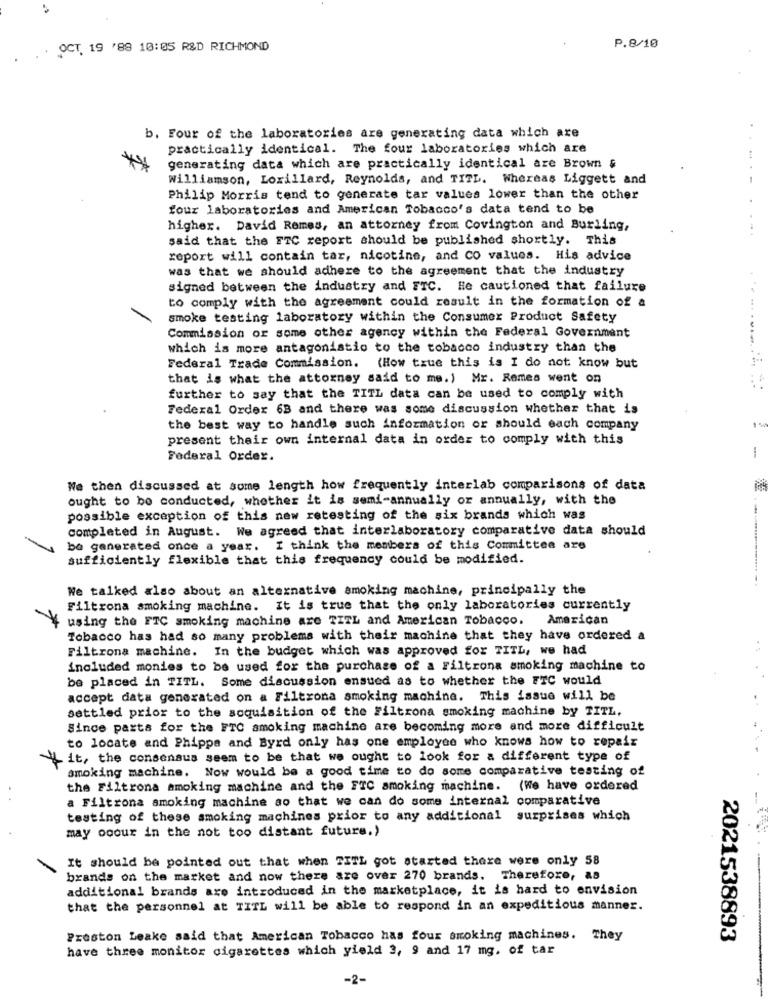
OCT. 19 '88 10:05 R&D RICHMOND
P.8/10
b. Four of the laboratories are generating data which are
practically identical. The four laboratories which are
generating data which are practically identical are Brown &
Williamson, Lorillard, Reynolds, and TITL. Whereas Liggett and
Philip Morris tend to generate tar values lower than the other
four laboratories and American Tobacco's data tend to be
higher. David Remes, an attorney from Covington and Burling,
said that the FTC report should be published shortly. This
report will contain tar, nicotine, and CO values. His advice
was that we should adhere to the agreement that the industry
signed between the industry and ETC. He cautioned that failure
to comply with the agreement could result in the formation of a
smoke testing laboratory within the Consumer Product Safety
Commission or some other agency within the Federal Government
which is more antagonistio to the tobacco industry than the
............
Federal Trade Commission. (How true this is I do not know but
that is what the attorney said to me.) Mr. Remes went on
further to say that the TITL data can be used to comply with
Federal Order 63 and there was some discussion whether that is
the best way to handle such information or should each company
present their own internal data in order to comply with this
Federal Order.
We then discussed at some length how frequently interlab comparisons of data
ought to be conducted, whether it is semi-annually or annually, with the
possible exception of this new retesting of the six brands which was
completed in August. We agreed that interlaboratory comparative data should
be generated once a year. I think the members of this Committee are
sufficiently flexible that this frequency could be modified.
We talked also about an alternative smoking machine, principally the
Filtrona smoking machine. It is true that the only laboratories currently
using the FTC smoking machine are TITL and American Tobacco. American
Tobacco has had so many problems with their machine that they have ordered a
Filtrona machine. In the budget which was approved for TITL, we had
included monies to be used for the purchase of a Filtrona smoking machine to
be placed in TITL. Some discussion ensued as to whether the FTC would
accept data generated on a Filtrona smoking machine. This issue will be
settled prior to the soquisition of the Filtrona smoking machine by TITL.
Since parts for the FTC smoking machine are becoming more and more difficult
to locate and Phipps and Byrd only has one employee who knows how to repair
it, the consensus seem to be that we ought to look for a different type of
smoking machine. Now would be a good time to do some comparative testing of
the Filtrona smoking machine and the FTC smoking machine. (We have ordered
a Filtrona smoking machine so that we can do some internal comparative
testing of these smoking machines prior to any additional surprises which
may ooour in the not too distant future.)
It should be pointed out that when TITL got started there were only 58
-
brands on the market and now there are over 270 brands. Therefore, as
additional brands are introduced in the marketplace, it is hard to envision
that the personnel at TITL will be able to respond in an expeditious manner.
Preston Leake said that American Tobacco has four smoking machines. They
2021538893
have three monitor cigarettes which yield 3, 9 and 17 mg. of tar
-2-